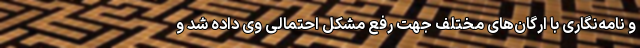
و نامه‌نگاری با ارگان‌های مختلف جهت رفع مشکل احتمالی وی داده شد و